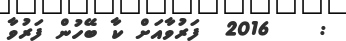
:    2016  ފަރުވާއަށް ކާ ބޭހުން ފަރުވާ